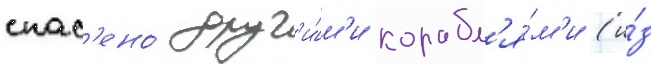
спас'ено́ друг'и́м'и корабл'я́м'и (и́з